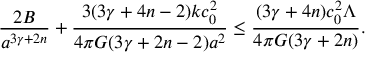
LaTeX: { \frac { 2 B } { a ^ { 3 \gamma + 2 n } } } + { \frac { 3 ( 3 \gamma + 4 n - 2 ) k c _ { 0 } ^ { 2 } } { 4 \pi G ( 3 \gamma + 2 n - 2 ) a ^ { 2 } } } \leq { \frac { ( 3 \gamma + 4 n ) c _ { 0 } ^ { 2 } \Lambda } { 4 \pi G ( 3 \gamma + 2 n ) } } .